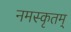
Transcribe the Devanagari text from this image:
नमस्कृतम्